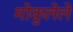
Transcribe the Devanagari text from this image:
मोकुलेले